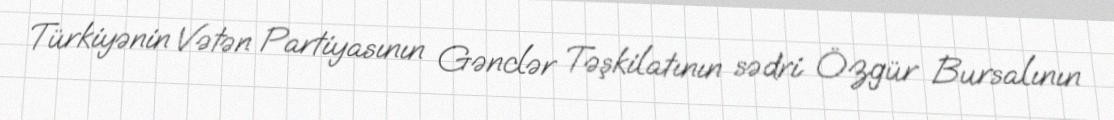
Türkiyənin Vətən Partiyasının Gənclər Təşkilatının sədri Özgür Bursalının